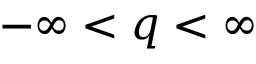
- \infty < q < \infty